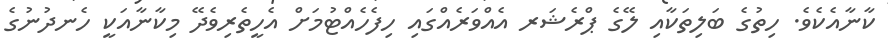
ކާނާއެކެވެ. ހިތުގެ ބަލިތަކާއި ލޭގެ ޕްރެޝަރ އެއްވަރެއްގައި ހިފެހެއްޓުމަށް އެހީތެރިވެދޭ މިކާނާއަކީ ހެނދުނުގެ